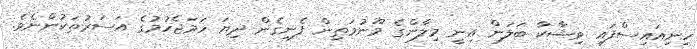
ހިނިއައިސްފައި ވިޝާކާ ބަލަން އިނީ މިލާންގެ މޫނުމަތިން ފެނިގެން ދިޔަ ހަމަޖެހުމުގެ އަސަރުތަކުންނެވެ.